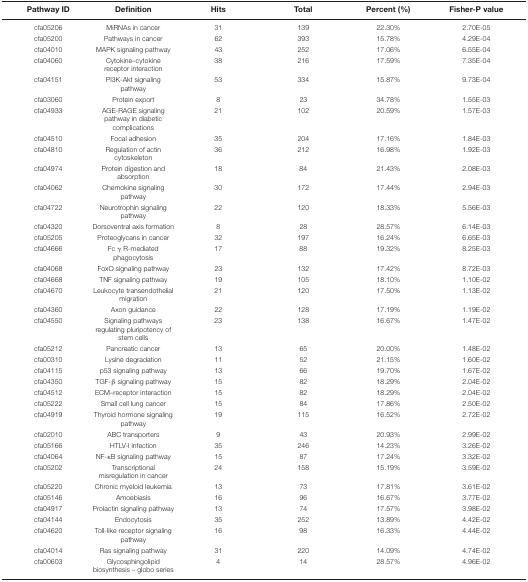
<table><thead><tr><td><b>Pathway ID</b></td><td><b>Definition</b></td><td><b>Hits</b></td><td><b>Total</b></td><td><b>Percent (%)</b></td><td><b>Fisher-P value</b></td></tr></thead><tbody><tr><td>cfa05206</td><td>MiRNAs in cancer</td><td>31</td><td>139</td><td>22.30%</td><td>2.70E-05</td></tr><tr><td>cfa05200</td><td>Pathways in cancer</td><td>62</td><td>393</td><td>15.78%</td><td>4.29E-04</td></tr><tr><td>cfa04010</td><td>MAPK signaling pathway</td><td>43</td><td>252</td><td>17.06%</td><td>6.55E-04</td></tr><tr><td>cfa04060</td><td>Cytokine–cytokine receptorinteraction</td><td>38</td><td>216</td><td>17.59%</td><td>7.35E-04</td></tr><tr><td>cfa04151</td><td>PI3K-Akt signaling pathway</td><td>53</td><td>334</td><td>15.87%</td><td>9.73E-04</td></tr><tr><td>cfa03060</td><td>Protein export</td><td>8</td><td>23</td><td>34.78%</td><td>1.55E-03</td></tr><tr><td>cfa04933</td><td>AGE-RAGE signaling pathway in diabeticcomplications</td><td>21</td><td>102</td><td>20.59%</td><td>1.57E-03</td></tr><tr><td>cfa04510</td><td>Focal adhesion</td><td>35</td><td>204</td><td>17.16%</td><td>1.84E-03</td></tr><tr><td>cfa04810</td><td>Regulation of actin cytoskeleton</td><td>36</td><td>212</td><td>16.98%</td><td>1.92E-03</td></tr><tr><td>cfa04974</td><td>Protein digestion and absorption</td><td>18</td><td>84</td><td>21.43%</td><td>2.08E-03</td></tr><tr><td>cfa04062</td><td>Chemokine signaling pathway</td><td>30</td><td>172</td><td>17.44%</td><td>2.94E-03</td></tr><tr><td>cfa04722</td><td>Neurotrophin signaling pathway</td><td>22</td><td>120</td><td>18.33%</td><td>5.56E-03</td></tr><tr><td>cfa04320</td><td>Dorsoventral axis formation</td><td>8</td><td>28</td><td>28.57%</td><td>6.14E-03</td></tr><tr><td>cfa05205</td><td>Proteoglycans in cancer</td><td>32</td><td>197</td><td>16.24%</td><td>6.65E-03</td></tr><tr><td>cfa04666</td><td>Fc γ R-mediated phagocytosis</td><td>17</td><td>88</td><td>19.32%</td><td>8.25E-03</td></tr><tr><td>cfa04068</td><td>FoxO signaling pathway</td><td>23</td><td>132</td><td>17.42%</td><td>8.72E-03</td></tr><tr><td>cfa04668</td><td>TNF signaling pathway</td><td>19</td><td>105</td><td>18.10%</td><td>1.10E-02</td></tr><tr><td>cfa04670</td><td>Leukocyte transendothelial migration</td><td>21</td><td>120</td><td>17.50%</td><td>1.13E-02</td></tr><tr><td>cfa04360</td><td>Axon guidance</td><td>22</td><td>128</td><td>17.19%</td><td>1.19E-02</td></tr><tr><td>cfa04550</td><td>Signaling pathways regulating pluripotency ofstem cells</td><td>23</td><td>138</td><td>16.67%</td><td>1.47E-02</td></tr><tr><td>cfa05212</td><td>Pancreatic cancer</td><td>13</td><td>65</td><td>20.00%</td><td>1.48E-02</td></tr><tr><td>cfa00310</td><td>Lysine degradation</td><td>11</td><td>52</td><td>21.15%</td><td>1.60E-02</td></tr><tr><td>cfa04115</td><td>p53 signaling pathway</td><td>13</td><td>66</td><td>19.70%</td><td>1.67E-02</td></tr><tr><td>cfa04350</td><td>TGF-β signaling pathway</td><td>15</td><td>82</td><td>18.29%</td><td>2.04E-02</td></tr><tr><td>cfa04512</td><td>ECM–receptor interaction</td><td>15</td><td>82</td><td>18.29%</td><td>2.04E-02</td></tr><tr><td>cfa05222</td><td>Small cell lung cancer</td><td>15</td><td>84</td><td>17.86%</td><td>2.50E-02</td></tr><tr><td>cfa04919</td><td>Thyroid hormone signaling pathway</td><td>19</td><td>115</td><td>16.52%</td><td>2.72E-02</td></tr><tr><td>cfa02010</td><td>ABC transporters</td><td>9</td><td>43</td><td>20.93%</td><td>2.99E-02</td></tr><tr><td>cfa05166</td><td>HTLV-I infection</td><td>35</td><td>246</td><td>14.23%</td><td>3.26E-02</td></tr><tr><td>cfa04064</td><td>NF-κB signaling pathway</td><td>15</td><td>87</td><td>17.24%</td><td>3.32E-02</td></tr><tr><td>cfa05202</td><td>Transcriptional misregulation in cancer</td><td>24</td><td>158</td><td>15.19%</td><td>3.59E-02</td></tr><tr><td>cfa05220</td><td>Chronic myeloid leukemia</td><td>13</td><td>73</td><td>17.81%</td><td>3.61E-02</td></tr><tr><td>cfa05146</td><td>Amoebiasis</td><td>16</td><td>96</td><td>16.67%</td><td>3.77E-02</td></tr><tr><td>cfa04917</td><td>Prolactin signaling pathway</td><td>13</td><td>74</td><td>17.57%</td><td>3.98E-02</td></tr><tr><td>cfa04144</td><td>Endocytosis</td><td>35</td><td>252</td><td>13.89%</td><td>4.42E-02</td></tr><tr><td>cfa04620</td><td>Toll-like receptor signaling pathway</td><td>16</td><td>98</td><td>16.33%</td><td>4.44E-02</td></tr><tr><td>cfa04014</td><td>Ras signaling pathway</td><td>31</td><td>220</td><td>14.09%</td><td>4.74E-02</td></tr><tr><td>cfa00603</td><td>Glycosphingolipid biosynthesis – globoseries</td><td>4</td><td>14</td><td>28.57%</td><td>4.96E-02</td></tr></tbody></table>